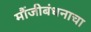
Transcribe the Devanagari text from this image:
मौंजीबंधनाचा